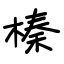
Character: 榛